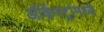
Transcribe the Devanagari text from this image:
ऑर्केस्ट्रांमध्ये